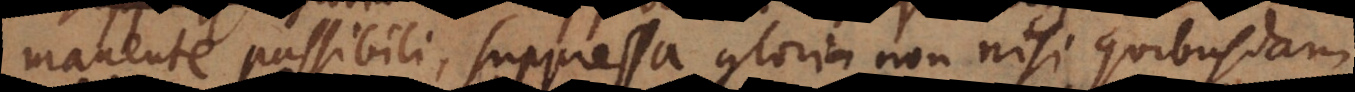
manente passibili, suppressa gloria non nisi quibusdam